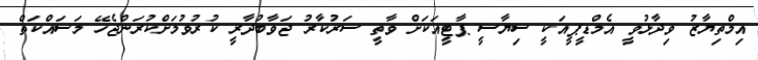
އިމްތިޔާޒު ވިދާޅުވީ އެމްޑީޕީއަކީ ސިޔާސީ ޕާޓީއަކަށް ވާތީ ސަރުކާރު ޖަވާބުދާރީ ކުރުވުމަށްކުރަންޖެހޭ މަސައްކަތް